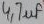
Text: 4,7µF